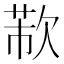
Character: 𣣐